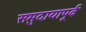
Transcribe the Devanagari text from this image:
समुदायापूर्व